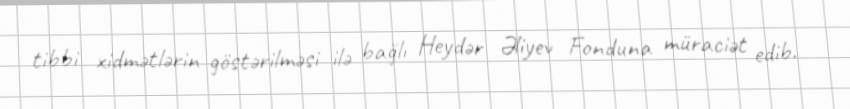
tibbi xidmətlərin göstərilməsi ilə bağlı Heydər Əliyev Fonduna müraciət edib.